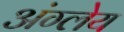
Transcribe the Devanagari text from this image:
अंग्लेय